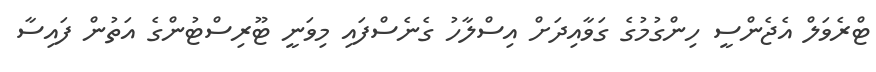
ޓްރެވަލް އެޖެންސީ ހިންގުމުގެ ގަވާއިދަށް އިސްލާހު ގެނެސްފައި މިވަނީ ޓޫރިސްޓުންގެ އަތުން ފައިސާ